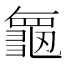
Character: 𮯝